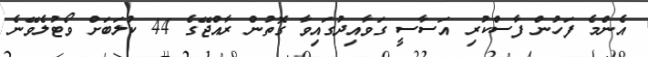
އެންމެ ފަހުން ފާސްކުރި އަސާސީ ގަވާއިދުގައިވާ ގޮތުން ރާއްޖޭގެ 44 ކުލަބަށް ވޯޓުލެވޭނެ